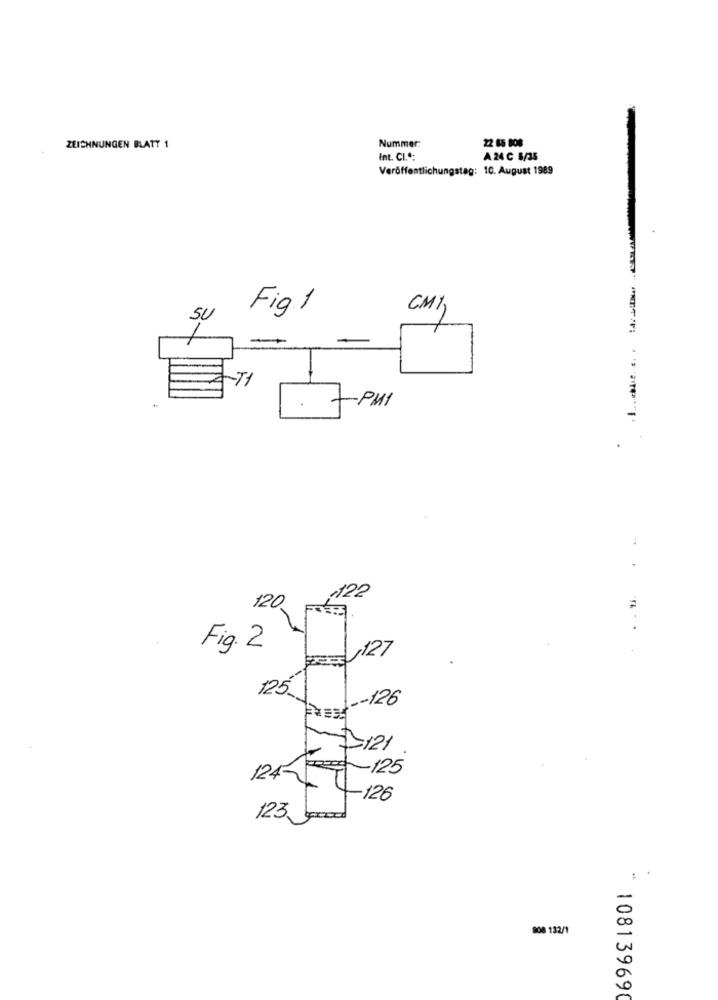
22 85 808
ZEICHNUNGEN BLATT 1
Nummer:
Int. CL .*:
A 24 C 5/35
Veröffentlichungstag: 10. August 1989
Fig. 1
CM1,
SU
-
-T1
..
- PMI
------ 1
,122
120
Fig. 2
,127
.....
125
-- 126
121
125
124-
-126
123,
908 132/1
108139690